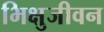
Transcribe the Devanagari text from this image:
भिक्षुजीवन